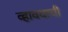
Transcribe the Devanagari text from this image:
व्हावयाची